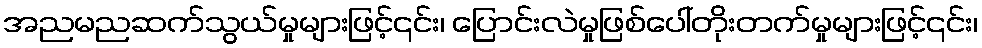
အညမညဆက်သွယ်မှုများဖြင့်၎င်း၊ ပြောင်းလဲမှုဖြစ်ပေါ်တိုးတက်မှုများဖြင့်၎င်း၊